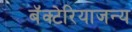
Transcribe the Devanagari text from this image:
बॅक्टेरियाजन्य